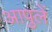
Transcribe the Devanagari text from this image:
आपुलें